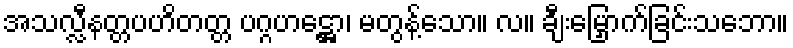
အသလ္လီနတ္တပဟိတတ္တ ပဂ္ဂဟဋ္ဌော၊ မတွန့်သော။ လ။ ချီးမြှောက်ခြင်းသဘော။